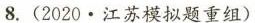
8.(2020.江苏模拟题重组)